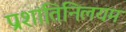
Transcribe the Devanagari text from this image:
प्रशांतिनिलयम